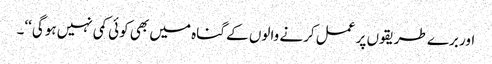
اور برے طریقوں پر عمل کرنے والوں کے گناہ میں بھی کوئی کمی نہیں ہوگی‘‘۔